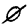
Digit: 0